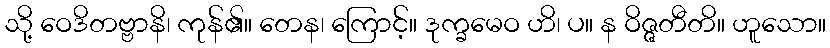
သို့ ဝေဒိတဗ္ဗာနိ၊ ကုန်၏။ တေန၊ ကြောင့်။ ဒုက္ခမေဝ ဟိ၊ ပ။ န ဝိဇ္ဇတီတိ။ ဟူသော။